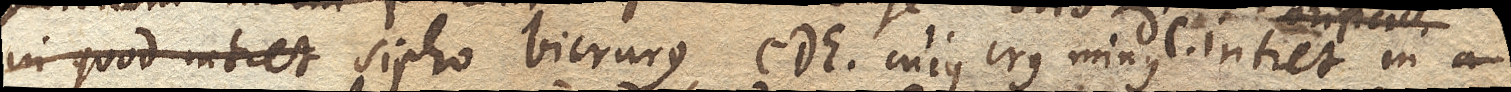
n quod intret sipho bicrurus CDE. cujus crus minus DC. intret in